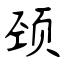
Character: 颈